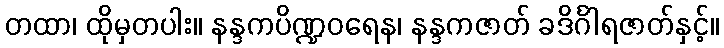
တထာ၊ ထိုမှတပါး။ နန္ဒကပိဏ္ဍဝရေန၊ နန္ဒကဇာတ် ခဒိင်္ဂါရဇာတ်နှင့်။